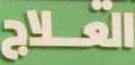
العلاج